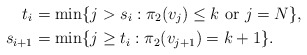
\begin{align*}t_i&= \min \{ j > s_i: \pi_2(v_j) \le k \mbox{ or } j=N\}, \\s_{i+1} &= \min \{j \ge t_i: \pi_2(v_{j+1}) =k+1\}.\end{align*}